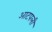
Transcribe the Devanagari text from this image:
आटपली